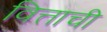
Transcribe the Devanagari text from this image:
वित्ताची